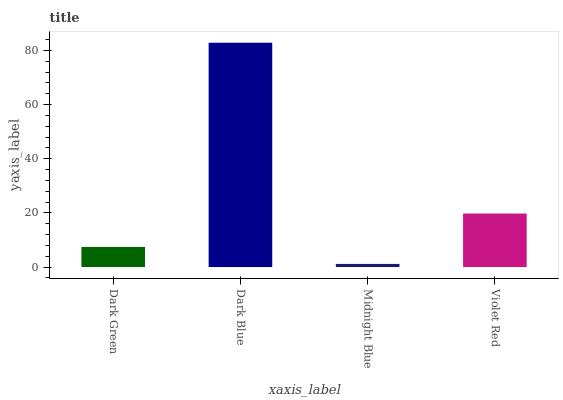
| xaxis_label | bars |
 | --- | --- |
 | Dark Green | 7.41 |
 | Dark Blue | 82.9 |
 | Midnight Blue | 1.15 |
 | Violet Red | 19.8 |